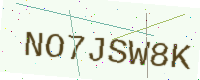
Text: NO7JSW8K